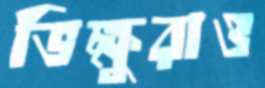
ভিক্ষুরাও